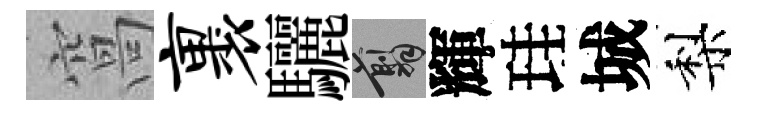
窩裹驪翦輝珪城梨